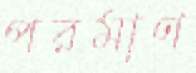
পরমাণ